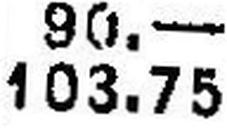
103.75